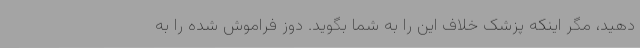
دهید، مگر اینکه پزشک خلاف این را به شما بگوید. دوز فراموش شده را به